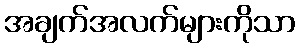
အချက်အလက်များကိုသာ